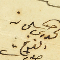
حنا الخوري سليمان الفرخ صورات